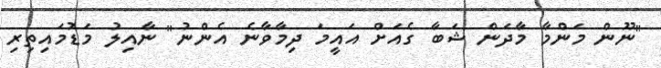
"ނޫން މަންމާ މާދަން ޝަބާ ގެއަށް އައީމަ ދިމާވާނެ އެންނު" ނާއިލު މަޑުމައިތިރި